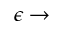
\epsilon \rightarrow